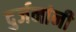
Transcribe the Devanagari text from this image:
दुर्जनांनी